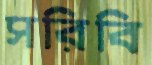
সরিবি